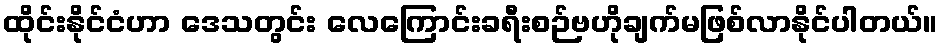
ထိုင်းနိုင်ငံဟာ ဒေသတွင်း လေကြောင်းခရီးစဉ်ဗဟိုချက်မဖြစ်လာနိုင်ပါတယ်။